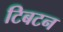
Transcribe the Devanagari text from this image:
टिबटन